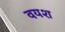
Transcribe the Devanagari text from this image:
वयश